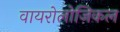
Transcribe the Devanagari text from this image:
वायरोलोजिकल